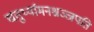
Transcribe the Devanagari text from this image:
चतुर्थ्यामनश्नञ्जपति